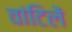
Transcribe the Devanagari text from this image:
वांटिलें